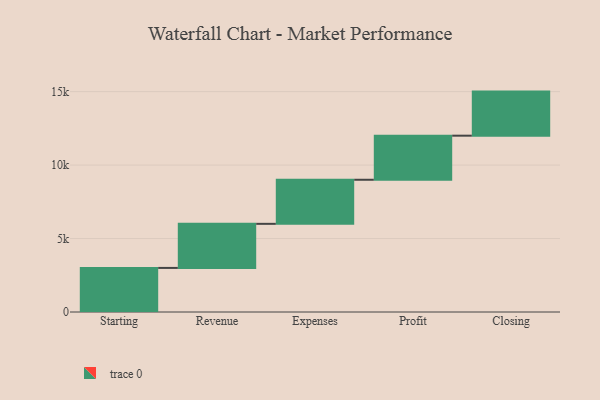
{"axis": {"x": "Step", "y": "Value"}, "legend": [""], "data": [{"x": "Starting", "y": 3000, "type": ""}, {"x": "Revenue", "y": 3000, "type": ""}, {"x": "Expenses", "y": 3000, "type": ""}, {"x": "Profit", "y": 3000, "type": ""}, {"x": "Closing", "y": 3000, "type": ""}]}